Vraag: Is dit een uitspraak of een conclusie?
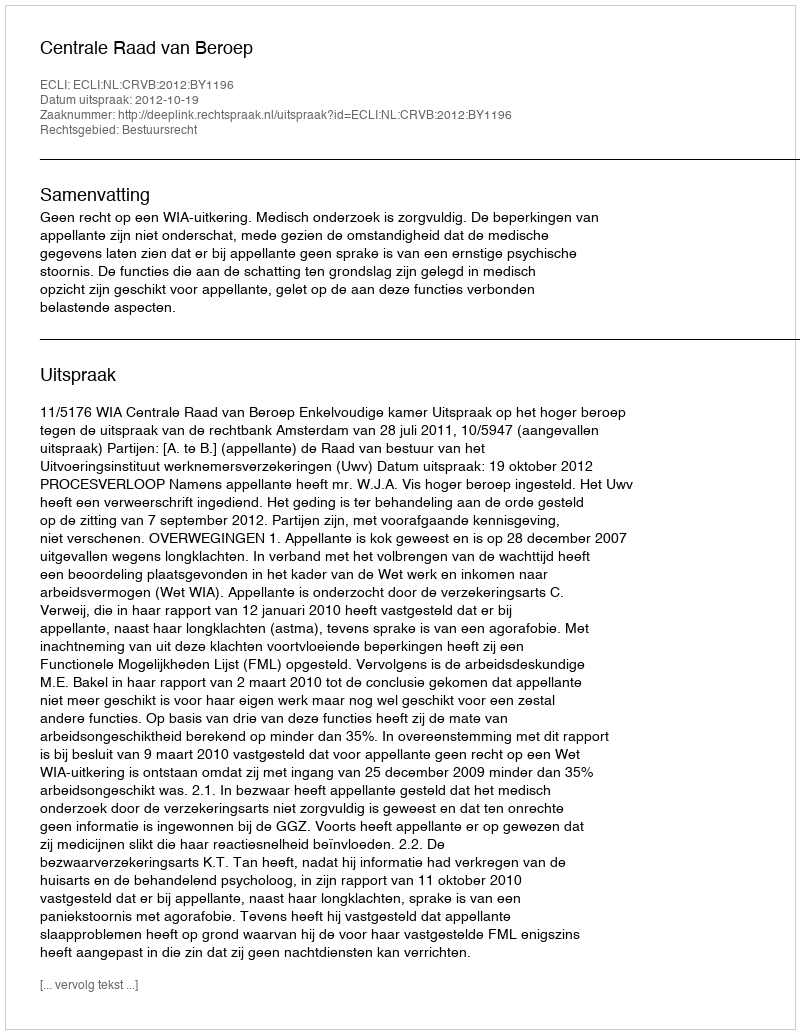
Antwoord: Uitspraak